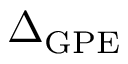
\Delta _ { \mathrm { G P E } }